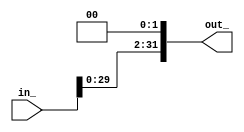
`timescale 1ns / 1ps
//////////////////////////////////////////////////////////////////////////////////
// Company: 
// Engineer: 
// 
// Design Name: 
// Module Name:    shiftleft2 
// Project Name: 
// Target Devices: 
// Tool versions: 
// Description: 
//
// Dependencies: 
//
// Revision: 
// Revision 0.01 - File Created
// Additional Comments: 
//
//////////////////////////////////////////////////////////////////////////////////
module shiftleft2(
    input [31:0] in_,
    output [31:0] out_
    );
assign out_ = {in_[29:0],2'b0};

endmodule